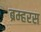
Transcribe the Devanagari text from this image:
ब्रम्हरस